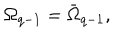
LaTeX: \Omega _ { q - 1 } = \bar { \Omega } _ { q - 1 } ,